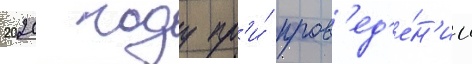
2020 году пр'и́ пров'ед'е́н'ии